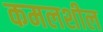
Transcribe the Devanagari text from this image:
कमलशील